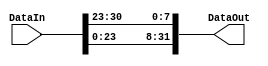
module RotWord(DataIn,DataOut);
input [31:0] DataIn;
output wire  [31:0] DataOut;
 wire  [7:0]a0;
  wire  [7:0]a1;
   wire  [7:0]a2;
	 wire  [7:0]a3;
	 
assign a0=DataIn[31:23];
assign a1=DataIn[23:16];
assign a2=DataIn[15:8];
assign a3=DataIn[7:0];

assign DataOut={a1,a2,a3,a0};
endmodule